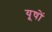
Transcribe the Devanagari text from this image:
यूषों